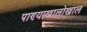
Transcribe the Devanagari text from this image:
पाण्याखालोखाल